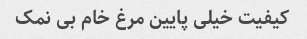
کیفیت خیلی پایین‌ مرغ خام بی نمک